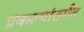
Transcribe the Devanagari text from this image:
प्रकल्पांतर्गंत